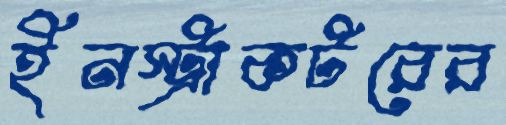
ইনস্ট্রাকটরের